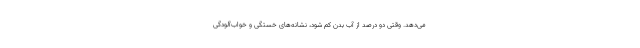
می‌دهد. وقتی دو درصد از آب بدن کم ‌شود، نشانه‌های خستگی و خواب‌آلودگی